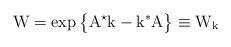
LaTeX: \begin{align*}\mathrm{W}=\exp\big\{\mathrm{A}^\star\mathrm{k}-\mathrm{k}^\ast\mathrm{A}\big\}\equiv\mathrm{W}_\mathrm{k}\end{align*}